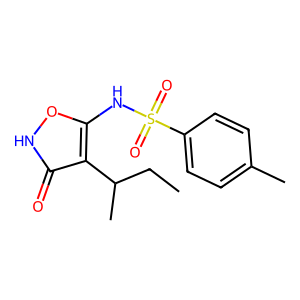
SMILES: CCC(C)c1c(NS(=O)(=O)c2ccc(C)cc2)o[nH]c1=O
Inhibits HIV replication: No